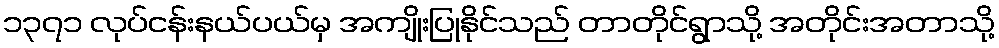
၁၃၇၁ လုပ်ငန်းနယ်ပယ်မှ အကျိုးပြုနိုင်သည် တာတိုင်ရွာသို့ အတိုင်းအတာသို့